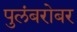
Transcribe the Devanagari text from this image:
पुलंबरोबर